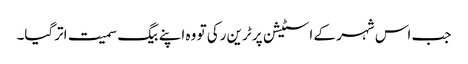
جب اس شہر کے اسٹیشن پر ٹرین رکی تو وہ اپنے بیگ سمیت اترگیا۔